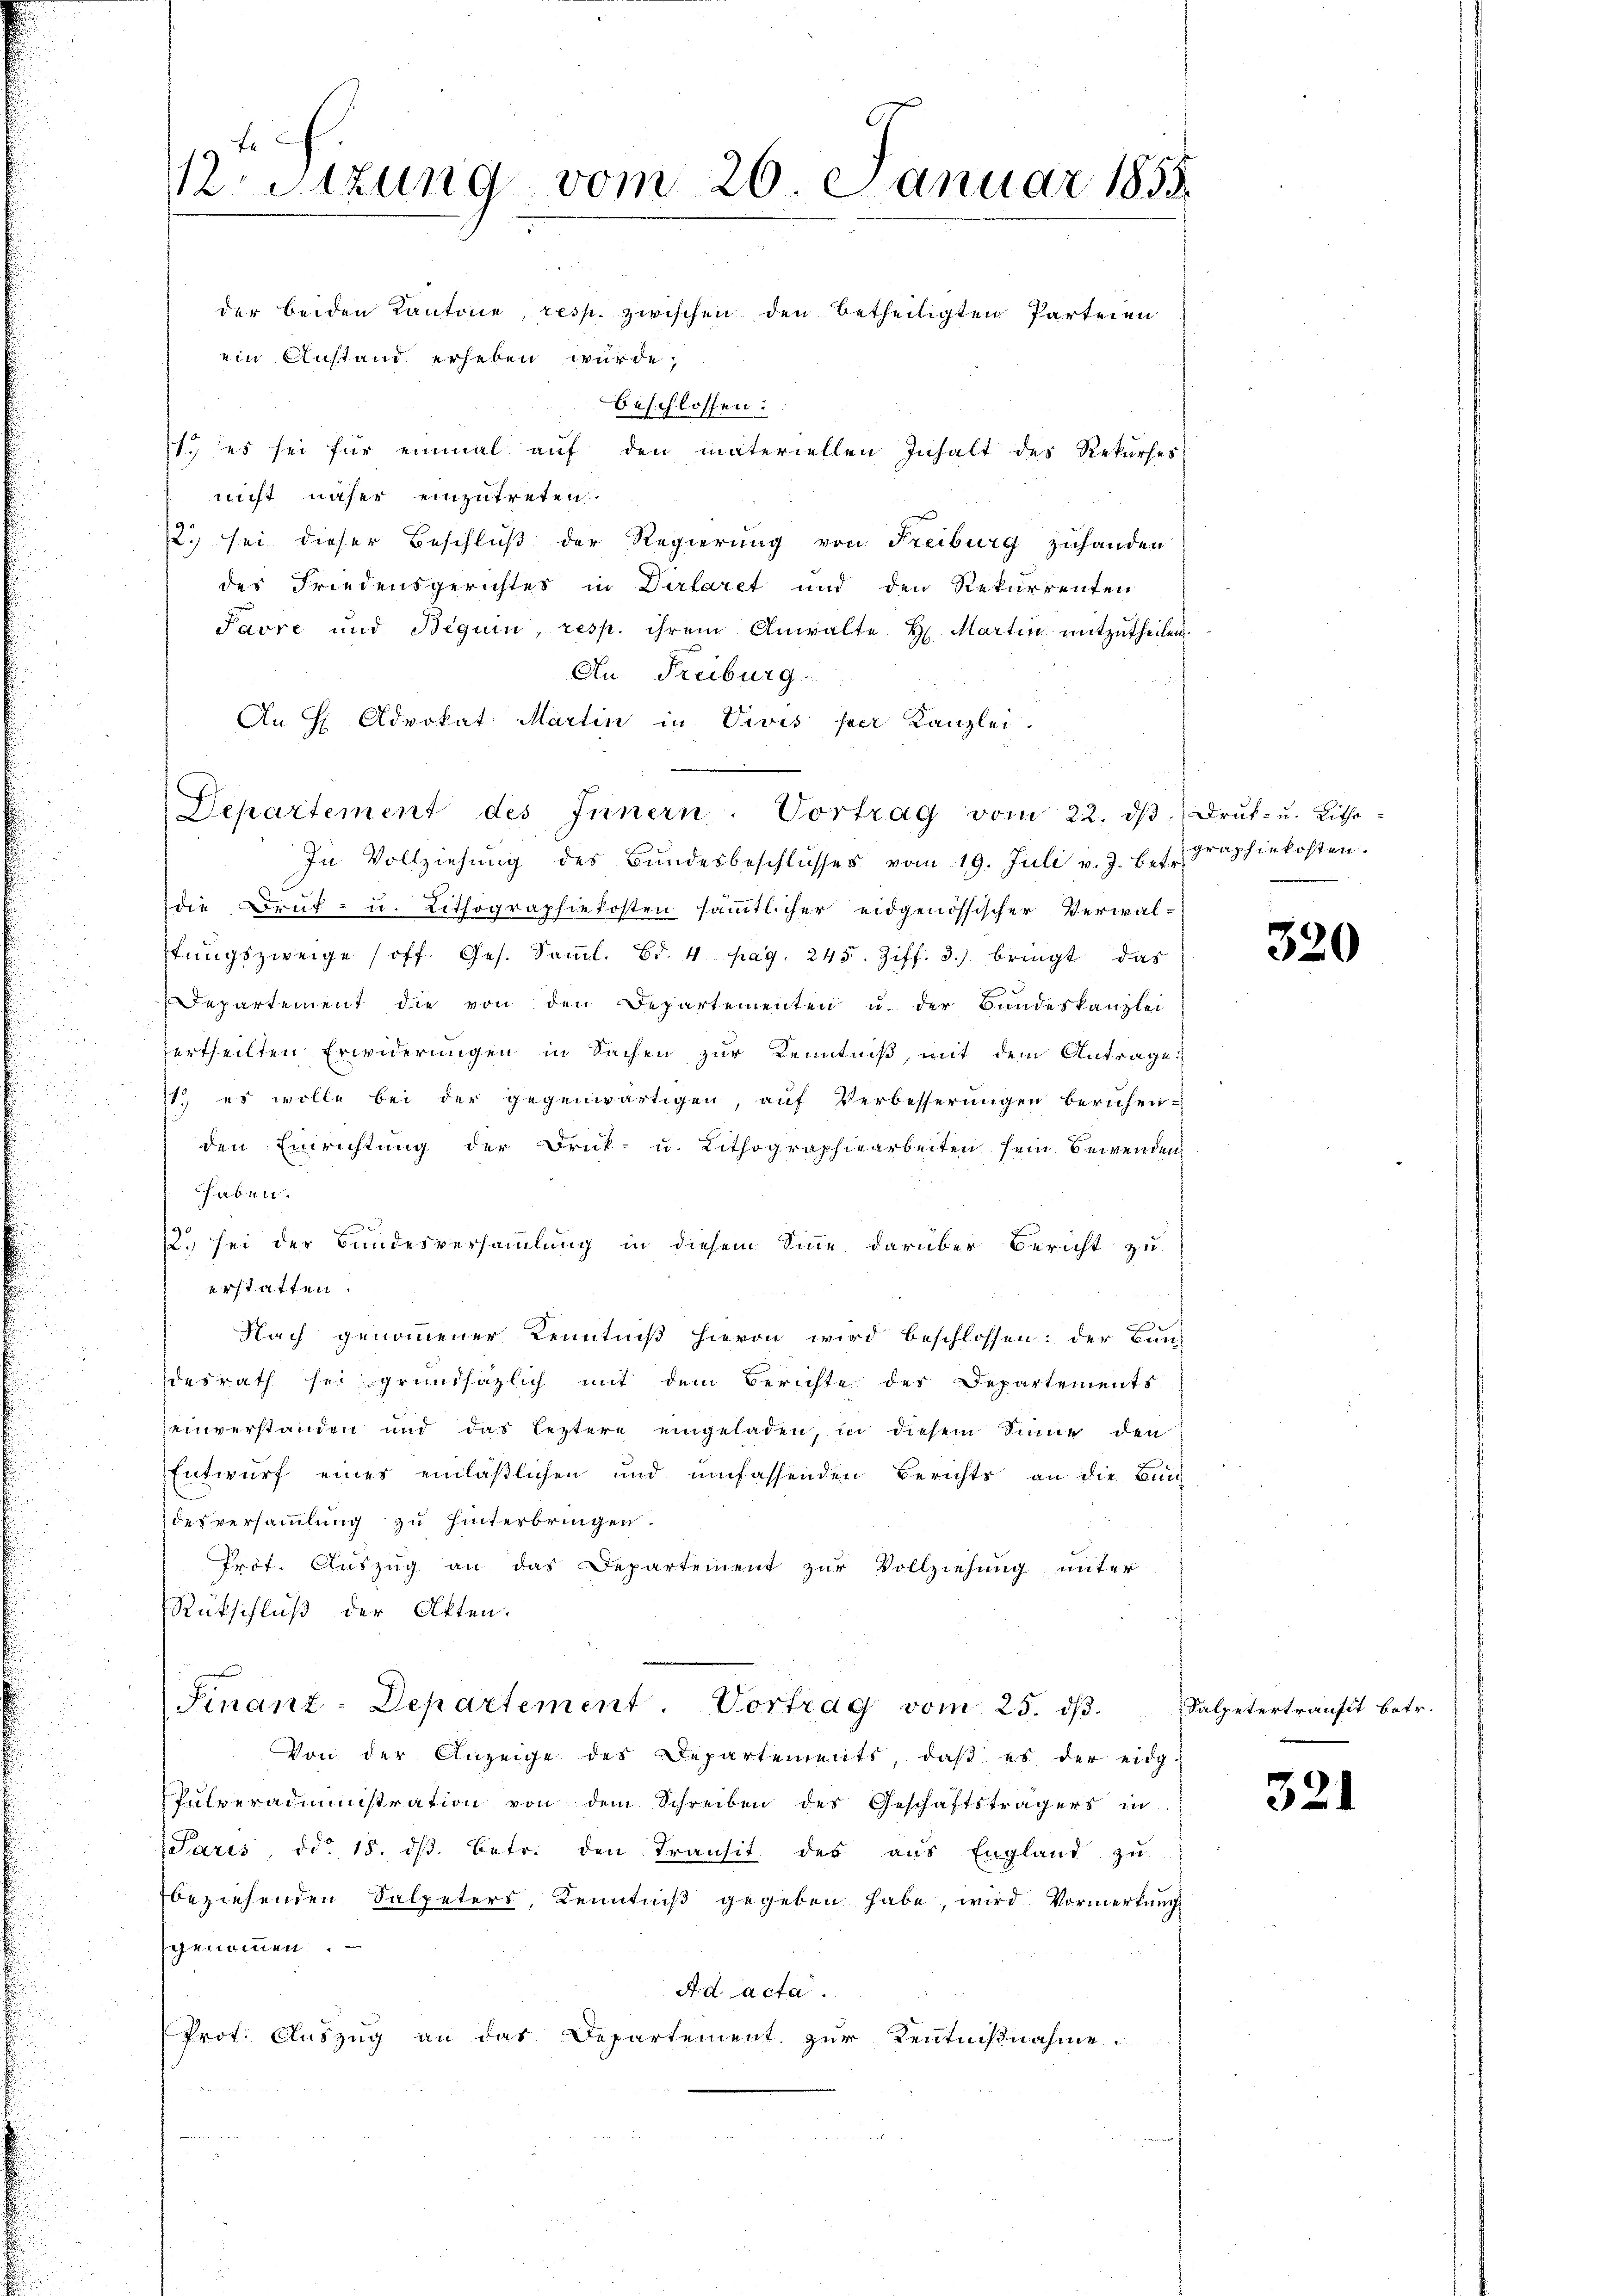
fe
etzung vom 26. Januar 1855.

der beiden Kantone, resp. zwischen den betheiligten Parteien
ein Anstand erheben wurde,
beschlossen:
1. es sei für einmal aŭf den materiellen Inhalt des Rekurses
nicht näher einzutreten.
22.) sei dieser Beschluß der Regierung von Freiburg zuhanden
des Friedensgerichtes in Dirlaret und den Rekurrenten
Pavre und Beguin, resp. ihrem Anwalte H. Martin mitzutheilen.
An Freiburg
An H Advokat Martin in Divis per Kanzlei
In Vollziehŭng des Bŭndesbeschlŭsses vom 19. Juli v. J. betr. Graphiekosten.
die Druk- u. Lithographiekosten sämmtlicher eidgenössischer Verwal-
stŭngszweige (off. Ges. Saml. Bd. 4. pag. 245. Ziff. 3.) bringt, das
Departement die von den Departementen u. der Bundeskanzlei
ertheilten Erwiderungen in Sachen zur Kenntniß, mit dem Antrage:
1., es wolle bei der gegenwärtigen, auf Verbesserungen beruhen-
den Einrichtung der Druk- u. Lithographiearbeiten sein Bewenden
haben.
2. sei der Bundesversammlung in diesem Sinne darüber Bericht zu
erstatten.
Nach genommener Kenntniß hievon wird beschlossen: der Bau-
desrath sei grundsätzlich mit dem Berichte der Departements
einverstanden und das leztere eingeladen, in diesem Sinne den
Entwurf eines einläßlichen und umfassenden Berichts an die Bund
desversammlung zu hinterbringen
Prof. Auszug an das Departement zur Vollziehung unter
Rückschluß der Akten.
Finanz-Departement. Vortrag vom 25. ds.
Von der Anzeige des Departements, daβ es der eidg.
Pulveradministration von dem Schreiben des Geschäftsträgers in
(Paris, ddo 18. dβ. betr. den Transit des aus England zu
beziehenden Salpeters, Kenntniß gegeben habe, wird Vormerkung
sgenommen.
Ad acta.
Prot. Auszug an das Departement zur Kenntnißnahme.

Departement des Innern. Vortrag vom 22. dβ Drŭk- u. Litho-

320

Salpetertraufit betr.

321